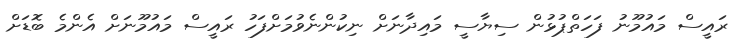
ރައީސް މައުމޫނު ފަހަތްޕުޅުން ސިޔާސީ މައިދާނަށް ނިކުންނެވުމަށްފަހު ރައީސް މައުމޫނަށް އެންމެ ބޮޑަށް